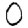
Digit: 0